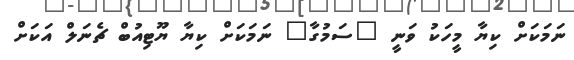
ނަމަކަށް ކިޔާ މީހަކު ވަނީ "ސަމުގާ" ނަމަކަށް ކިޔާ ޔޫޓިއުބް ޗެނަލް އަކަށް